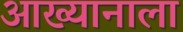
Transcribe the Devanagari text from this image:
आख्यानाला